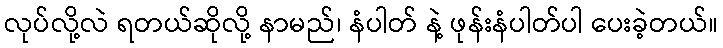
လုပ်လို့လဲ ရတယ်ဆိုလို့ နာမည်၊ နံပါတ် နဲ့ ဖုန်းနံပါတ်ပါ ပေးခဲ့တယ်။